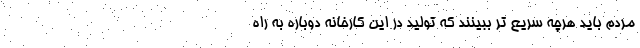
مردم باید هرچه سریع تر ببینند که تولید در این کارخانه دوباره به راه